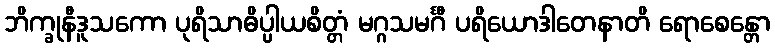
ဘိက္ခုနီဒူသကော ပုရိသာဓိပ္ပါယစိတ္တံ မဂ္ဂသမင်္ဂီ ပရိယောဒါတေနာတိ ရောစေန္တော